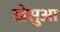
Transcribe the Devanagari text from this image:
खेसुआ